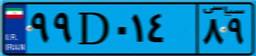
۷۸D۴۰۵۱۶